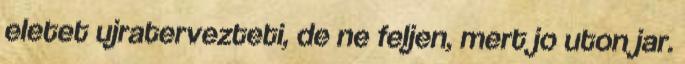
eletet ujratervezteti, de ne feljen, mert jo uton jar.